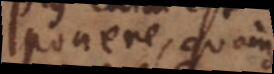
ponere, quam